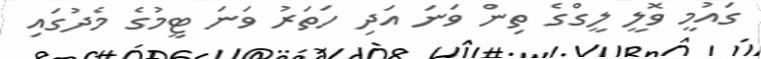
ގައުމީ ވޮލީ ލީގްގެ ތިން ވަނަ އަދި ހަތަރު ވަނަ ޓީމުގެ މެދުގައި